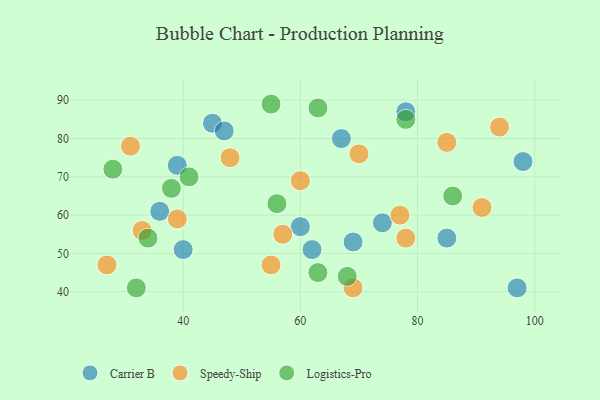
{"axis": {"x": "GDP", "y": "Life Expectancy"}, "legend": ["Carrier B", "Logistics-Pro", "Speedy-Ship"], "data": [{"x": "74", "y": 58, "type": "Carrier B"}, {"x": "45", "y": 84, "type": "Carrier B"}, {"x": "60", "y": 57, "type": "Carrier B"}, {"x": "69", "y": 53, "type": "Carrier B"}, {"x": "67", "y": 80, "type": "Carrier B"}, {"x": "40", "y": 51, "type": "Carrier B"}, {"x": "47", "y": 82, "type": "Carrier B"}, {"x": "78", "y": 87, "type": "Carrier B"}, {"x": "36", "y": 61, "type": "Carrier B"}, {"x": "97", "y": 41, "type": "Carrier B"}, {"x": "39", "y": 73, "type": "Carrier B"}, {"x": "85", "y": 54, "type": "Carrier B"}, {"x": "62", "y": 51, "type": "Carrier B"}, {"x": "98", "y": 74, "type": "Carrier B"}, {"x": "55", "y": 47, "type": "Speedy-Ship"}, {"x": "27", "y": 47, "type": "Speedy-Ship"}, {"x": "94", "y": 83, "type": "Speedy-Ship"}, {"x": "48", "y": 75, "type": "Speedy-Ship"}, {"x": "33", "y": 56, "type": "Speedy-Ship"}, {"x": "70", "y": 76, "type": "Speedy-Ship"}, {"x": "85", "y": 79, "type": "Speedy-Ship"}, {"x": "31", "y": 78, "type": "Speedy-Ship"}, {"x": "77", "y": 60, "type": "Speedy-Ship"}, {"x": "39", "y": 59, "type": "Speedy-Ship"}, {"x": "60", "y": 69, "type": "Speedy-Ship"}, {"x": "69", "y": 41, "type": "Speedy-Ship"}, {"x": "78", "y": 54, "type": "Speedy-Ship"}, {"x": "57", "y": 55, "type": "Speedy-Ship"}, {"x": "91", "y": 62, "type": "Speedy-Ship"}, {"x": "86", "y": 65, "type": "Logistics-Pro"}, {"x": "34", "y": 54, "type": "Logistics-Pro"}, {"x": "55", "y": 89, "type": "Logistics-Pro"}, {"x": "63", "y": 45, "type": "Logistics-Pro"}, {"x": "32", "y": 41, "type": "Logistics-Pro"}, {"x": "28", "y": 72, "type": "Logistics-Pro"}, {"x": "68", "y": 44, "type": "Logistics-Pro"}, {"x": "41", "y": 70, "type": "Logistics-Pro"}, {"x": "63", "y": 88, "type": "Logistics-Pro"}, {"x": "56", "y": 63, "type": "Logistics-Pro"}, {"x": "38", "y": 67, "type": "Logistics-Pro"}, {"x": "78", "y": 85, "type": "Logistics-Pro"}]}